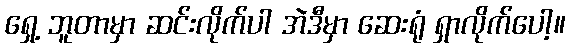
ရှေ့ ဘူတာမှာ ဆင်းလိုက်ပါ အဲဒီမှာ ဆေးရုံ ရှာလိုက်ပေါ့။